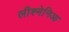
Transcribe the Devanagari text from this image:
लीश्मेनिआ